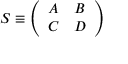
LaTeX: { \cal S } \equiv \left( \begin{array} { l l } { { A } } & { { B } } \\ { { C } } & { { D } } \end{array} \right)